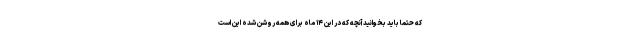
که حتما باید بخوانید آنچه که در این ۱۴ ماه برای همه روشن شده این است